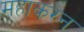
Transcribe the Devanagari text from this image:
महाकरन